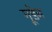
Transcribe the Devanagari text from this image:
गूडेन